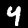
Label: 4